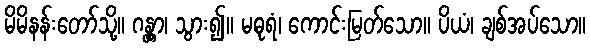
မိမိနန်းတော်သို့။ ဂန္တွာ၊ သွား၍။ မဓုရံ၊ ကောင်းမြတ်သော။ ပိယံ၊ ချစ်အပ်သော။